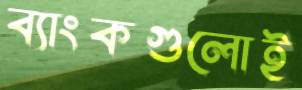
ব্যাংকগুলোই